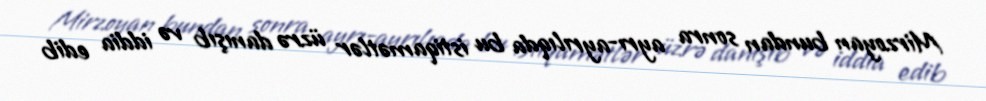
Mirzoyan bundan sonra ayrı-ayrılıqda bu istiqamətlər üzrə danışıb və iddia edib